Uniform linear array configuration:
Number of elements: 48
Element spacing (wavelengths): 0.5
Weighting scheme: blackman
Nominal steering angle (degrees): -60
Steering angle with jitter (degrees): -60.179
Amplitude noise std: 0.05
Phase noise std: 0.05

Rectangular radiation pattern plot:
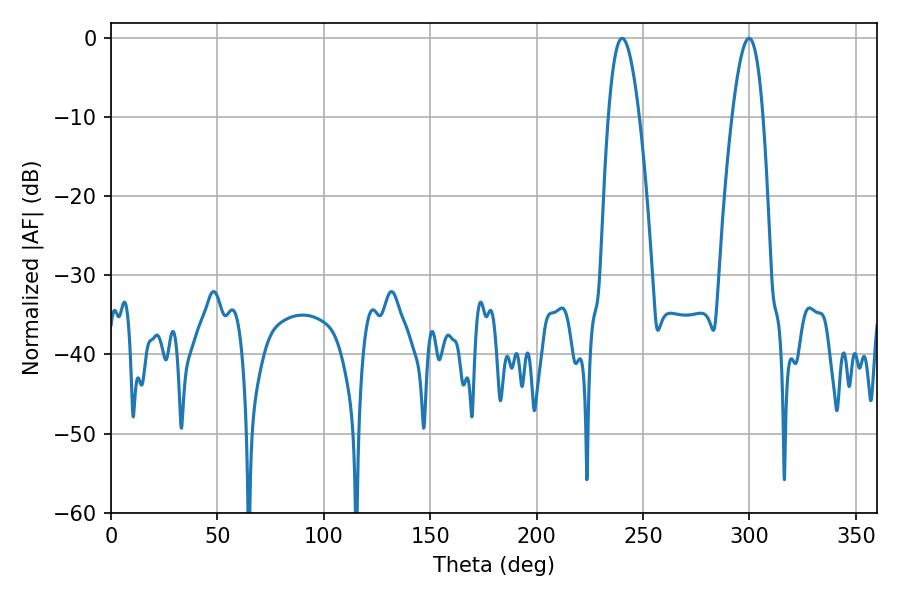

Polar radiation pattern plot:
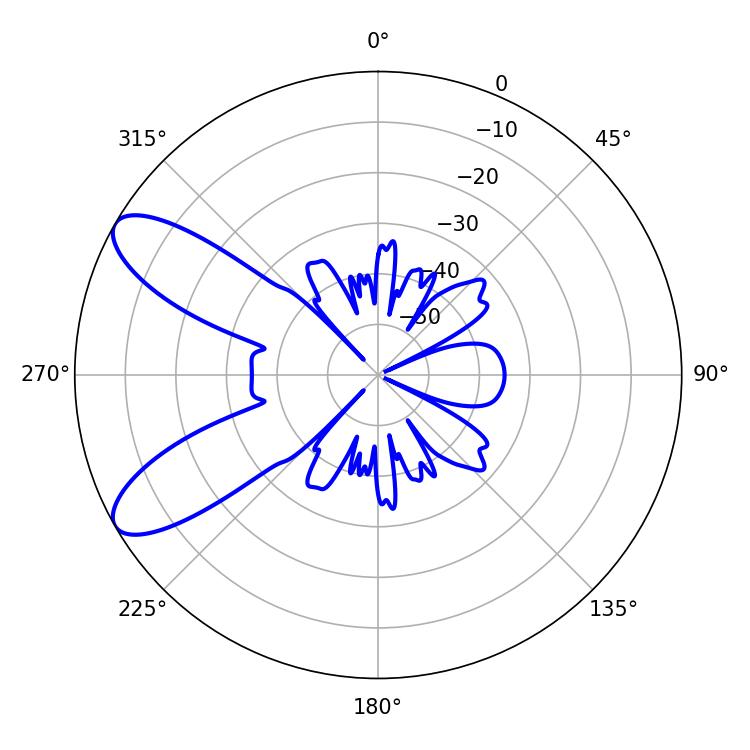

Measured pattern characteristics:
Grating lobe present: FALSE
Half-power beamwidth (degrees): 7.92
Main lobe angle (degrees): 240.12